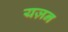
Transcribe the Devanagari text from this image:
यज़न